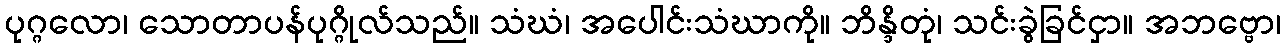
ပုဂ္ဂလော၊ သောတာပန်ပုဂ္ဂိုလ်သည်။ သံဃံ၊ အပေါင်းသံဃာကို။ ဘိန္ဒိတုံ၊ သင်းခွဲခြင်ငှာ။ အဘဗ္ဗော၊